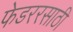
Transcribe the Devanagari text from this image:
फेडररसाठी